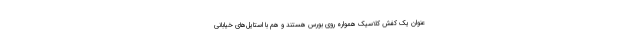
عنوان یک کفش کلاسیک همواره روی بورس هستند و هم با استایل‌های خیابانی